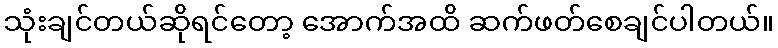
သုံးချင်တယ်ဆိုရင်တော့ အောက်အထိ ဆက်ဖတ်စေချင်ပါတယ်။